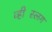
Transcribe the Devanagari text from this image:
व्हीस्लिंग